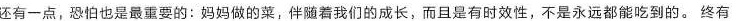
还有一点，恐怕也是最重要的：妈妈做的菜，伴随着我们的成长，而且是有时效性，不是永远都能吃到的。终有